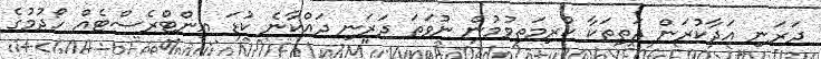
ދަރަނި އަދާކުރަން ދަތިތަކާ ކުރިމަތިވުމުން ނުވަތަ ދަރަނި ދައްކާނެ ކުޑަ އިންޓްރެސްޓެއް ހޯދުމުގެ